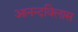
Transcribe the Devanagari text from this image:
आनन्दविलास